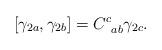
LaTeX: \begin{align*}\left[ \gamma _{2a},\gamma _{2b}\right] =C_{\;\;ab}^{c}\gamma _{2c}.\end{align*}